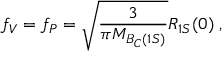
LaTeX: f _ { V } = f _ { P } = \sqrt { \frac { 3 } { \pi M _ { B _ { C } ( 1 S ) } } } R _ { 1 S } ( 0 ) \; ,